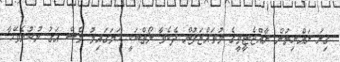
ގިނަ ރައްޔިތުން ރާއްޖެޓީވީގެ މުވައްޒަފުން ދެކެވާ ލޯތްބަކީ ހަމަގައިމު ވެސް އަގު ނުކުރެވޭހާ